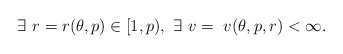
\begin{align*} \exists \ r = r(\theta,p) \in [1, p), \ \exists \ v = \ v(\theta,p,r) < \infty. \end{align*}